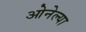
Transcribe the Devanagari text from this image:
ओनेल्या